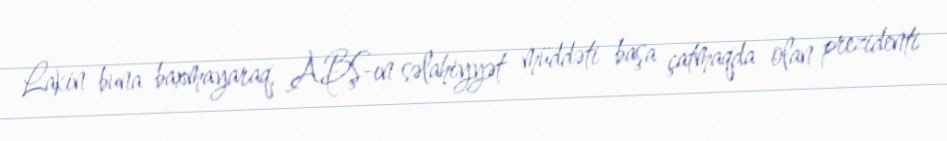
Lakin buna baxmayaraq, ABŞ-ın səlahiyyət müddəti başa çatmaqda olan prezidenti